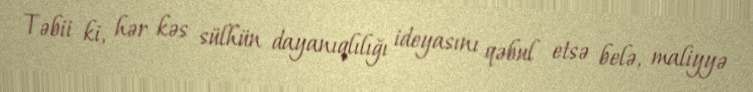
Təbii ki, hər kəs sülhün dayanıqlılığı ideyasını qəbul etsə belə, maliyyə